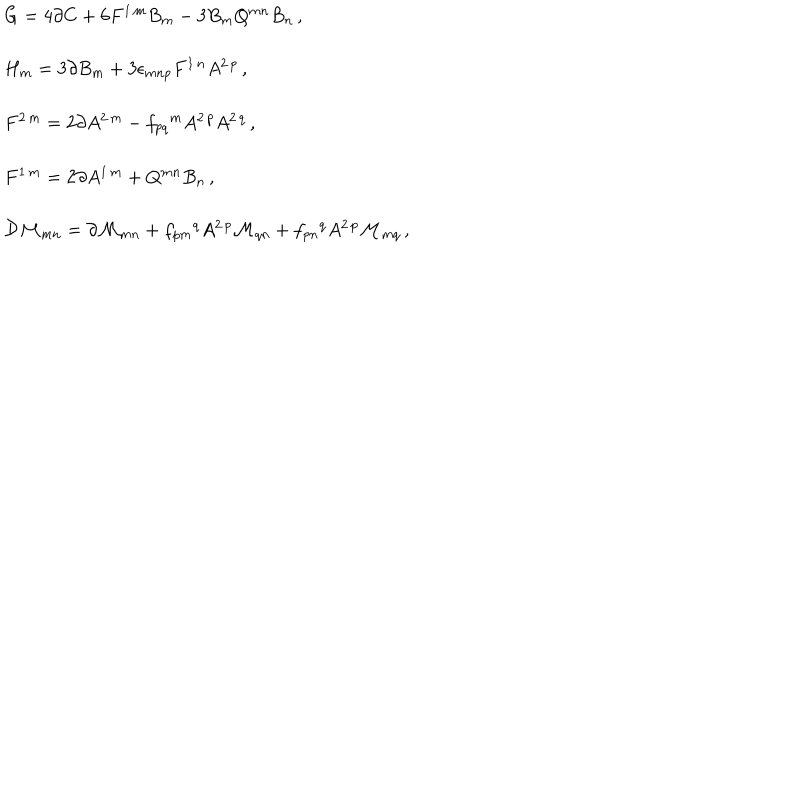
\begin{array} { r c l } { { } } & { { } } & { { G = 4 \partial C + 6 F ^ { 1 \, m } B _ { m } - 3 B _ { m } Q ^ { m n } B _ { n } \, , } } \\ { { } } & { { } } & { { } } \\ { { } } & { { } } & { { H _ { m } = 3 \partial B _ { m } + 3 \epsilon _ { m n p } F ^ { 1 \, n } A ^ { 2 \, p } \, , } } \\ { { } } & { { } } & { { } } \\ { { } } & { { } } & { { F ^ { 2 \, m } = 2 \partial A ^ { 2 \, m } - f _ { p q } { } ^ { m } A ^ { 2 \, p } A ^ { 2 \, q } \, , } } \\ { { } } & { { } } & { { } } \\ { { } } & { { } } & { { F ^ { 1 \, m } = 2 \partial A ^ { 1 \, m } + Q ^ { m n } B _ { n } \, , } } \\ { { } } & { { } } & { { } } \\ { { } } & { { } } & { { { \cal D } { \cal M } _ { m n } = \partial { \cal M } _ { m n } + f _ { p m } { } ^ { q } A ^ { 2 \, p } { \cal M } _ { q n } + f _ { p n } { } ^ { q } A ^ { 2 \, p } { \cal M } _ { m q } \, , } } \\ \end{array}